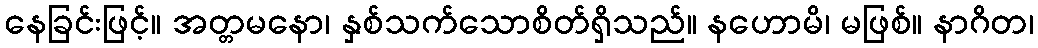
နေခြင်းဖြင့်။ အတ္တမနော၊ နှစ်သက်သောစိတ်ရှိသည်။ နဟောမိ၊ မဖြစ်။ နာဂိတ၊